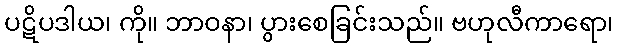
ပဋိပဒါယ၊ ကို။ ဘာဝနာ၊ ပွားစေခြင်းသည်။ ဗဟုလီကာရော၊